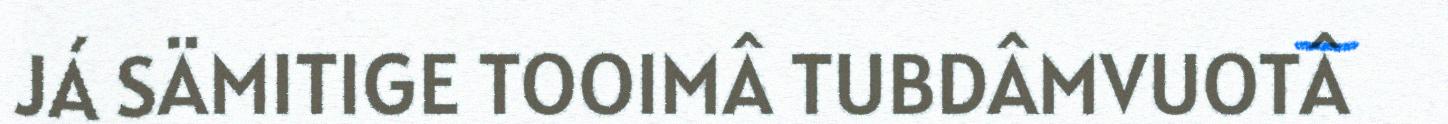
JÁ SÄMITIGE TOOIMÂ TUBDÂMVUOTÂ